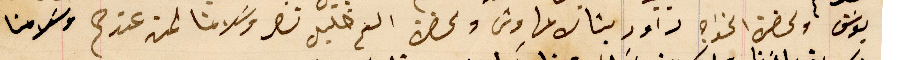
يوسَف ولحضرة الخواجه داود بشاره مهاوش ولحضرة الشيخ خليل نصر وسَلامنا لمن عندهم وسَلامنا